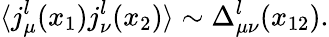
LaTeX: \langle j_{\mu}^{l}(x_{1})j_{\nu}^{l}(x_{2})\rangle\sim\Delta_{\mu\nu}^{l}(x_{12}).